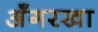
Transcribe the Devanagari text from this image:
अँगरखा